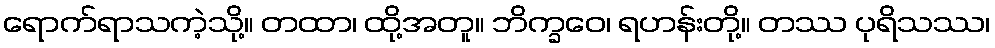
ရောက်ရာသကဲ့သို့။ တထာ၊ ထို့အတူ။ ဘိက္ခဝေ၊ ရဟန်းတို့။ တဿ ပုရိသဿ၊